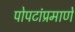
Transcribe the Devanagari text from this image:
पोपटांप्रमाणे